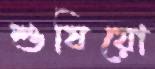
শুষিয়ো